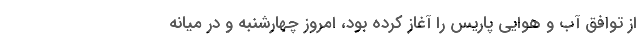
از توافق آب و هوایی پاریس را آغاز کرده بود، امروز چهارشنبه و در میانه